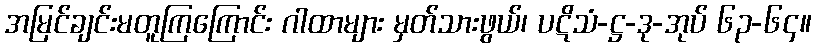
အမြင်ချင်းမတူကြကြောင်း ဂါထာများ မှတ်သားဖွယ်၊ ပဋိသံ-ဋ္ဌ-ဒု-အုပ် ၆၃-၆၄။